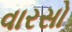
વારસો